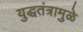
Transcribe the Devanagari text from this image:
युद्धतंत्रामुळे